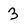
Character: 3